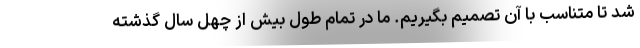
شد تا متناسب با آن تصمیم بگیریم. ما در تمام طول بیش از چهل سال گذشته